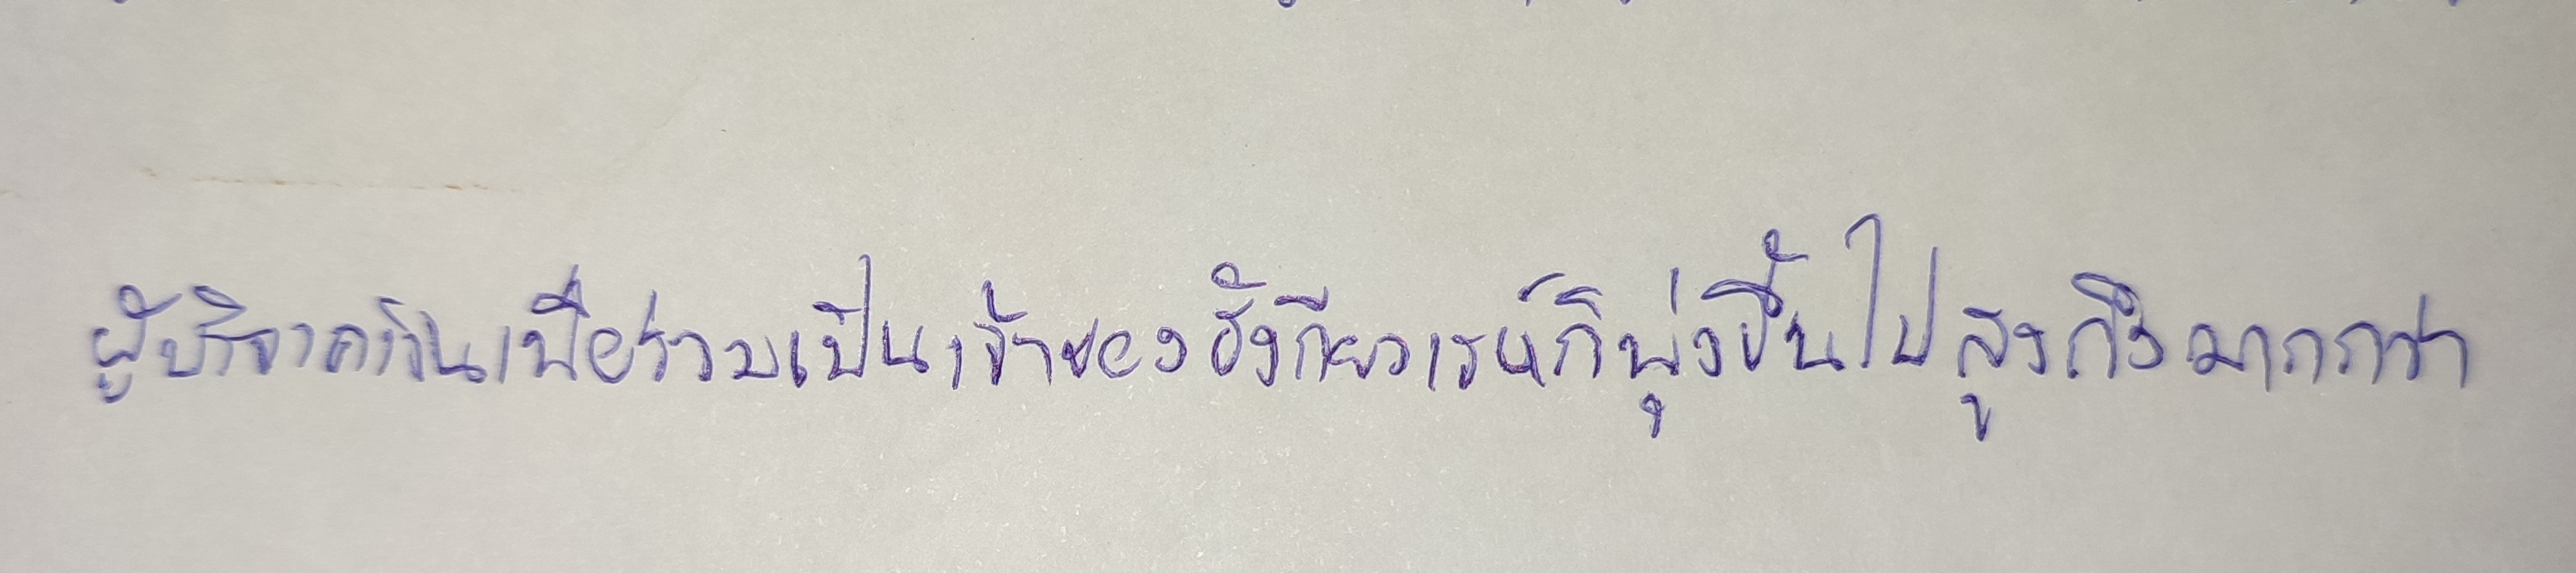
ผู้บริจาคเงินเพื่อร่วมเป็นเจ้าของฮังกียวเรห์ก็พุ่งขึ้นไปสูงถึงมากกว่า